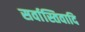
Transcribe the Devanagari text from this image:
सर्वास्तिवादि